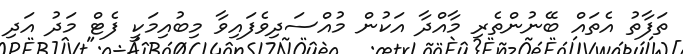
ތަފާތު އެތައް ބޭނުންތެރި މާއްދާ އަކުން މުއްސަދިވެފައިވާ މިބުއިމަކީ ފެޓް މަދު އަދި